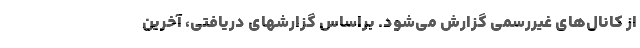
از کانال‌های غیررسمی گزارش می‌شود. براساس گزارشهای دریافتی، آخرین